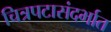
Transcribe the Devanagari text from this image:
चित्रपटासंदर्भात